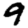
Digit: 9